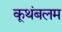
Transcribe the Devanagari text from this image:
कूथंबलम